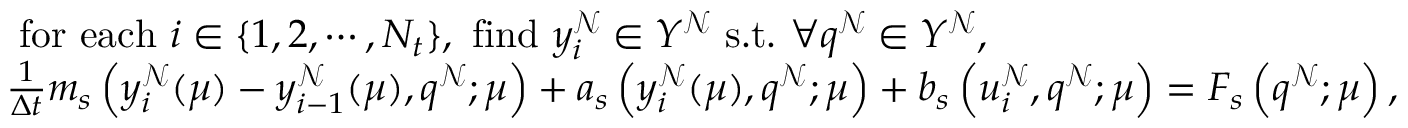
\begin{array} { r l } & { \mathrm { ~ f o r ~ e a c h ~ } i \in \{ 1 , 2 , \cdots , N _ { t } \} \mathrm { , ~ f i n d ~ } y _ { i } ^ { \mathcal { N } } \in Y ^ { \mathcal { N } } \mathrm { ~ s . t . ~ } \forall q ^ { \mathcal { N } } \in Y ^ { \mathcal { N } } , } \\ & { \frac { 1 } { \Delta t } m _ { s } \left( y _ { i } ^ { \mathcal { N } } ( \boldsymbol { \mu } ) - y _ { i - 1 } ^ { \mathcal { N } } ( \boldsymbol { \mu } ) , q ^ { \mathcal { N } } ; \boldsymbol { \mu } \right) + a _ { s } \left( y _ { i } ^ { \mathcal { N } } ( \boldsymbol { \mu } ) , q ^ { \mathcal { N } } ; \boldsymbol { \mu } \right) + b _ { s } \left( u _ { i } ^ { \mathcal { N } } , q ^ { \mathcal { N } } ; \boldsymbol { \mu } \right) = F _ { s } \left( q ^ { \mathcal { N } } ; \boldsymbol { \mu } \right) , } \end{array}